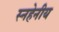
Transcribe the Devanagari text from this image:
स्नहेनीय